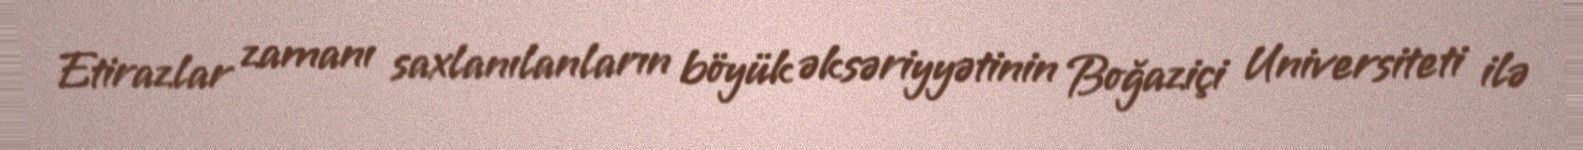
Etirazlar zamanı saxlanılanların böyük əksəriyyətinin Boğaziçi Universiteti ilə